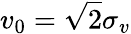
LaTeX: v_{0}=\sqrt{2}\sigma_{v}